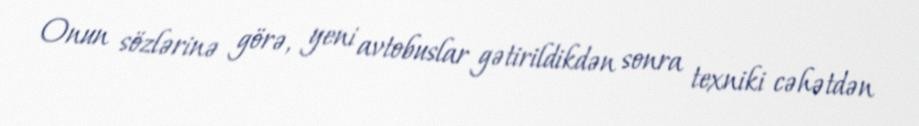
Onun sözlərinə görə, yeni avtobuslar gətirildikdən sonra texniki cəhətdən